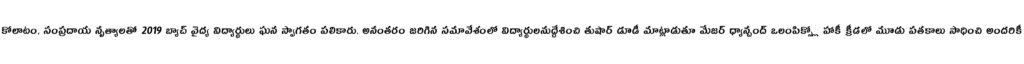
కోలాటం, సంప్రదాయ నృత్యాలతో 2019 బ్యాచ్ వైద్య విద్యార్థులు ఘన స్వాగతం పలికారు. అనంతరం జరిగిన సమావేశంలో విద్యార్థులనుద్దేశించి తుషార్ డూడీ మాట్లాడుతూ మేజర్ ధ్యాన్చంద్ ఒలంపిక్స్లో హాకీ క్రీడలో మూడు పతకాలు సాధించి అందరికీ